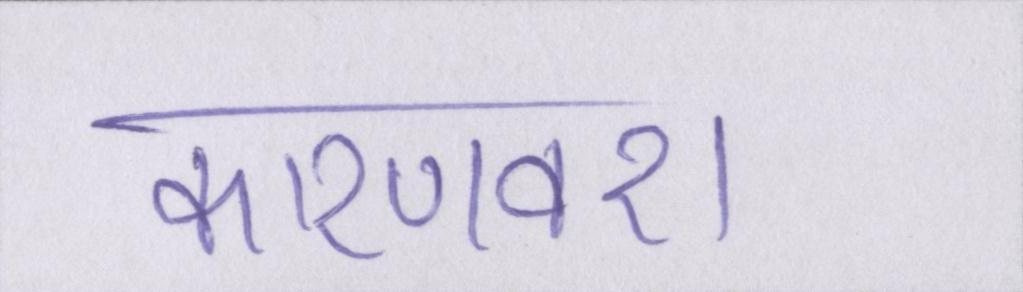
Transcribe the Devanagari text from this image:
कारणवश